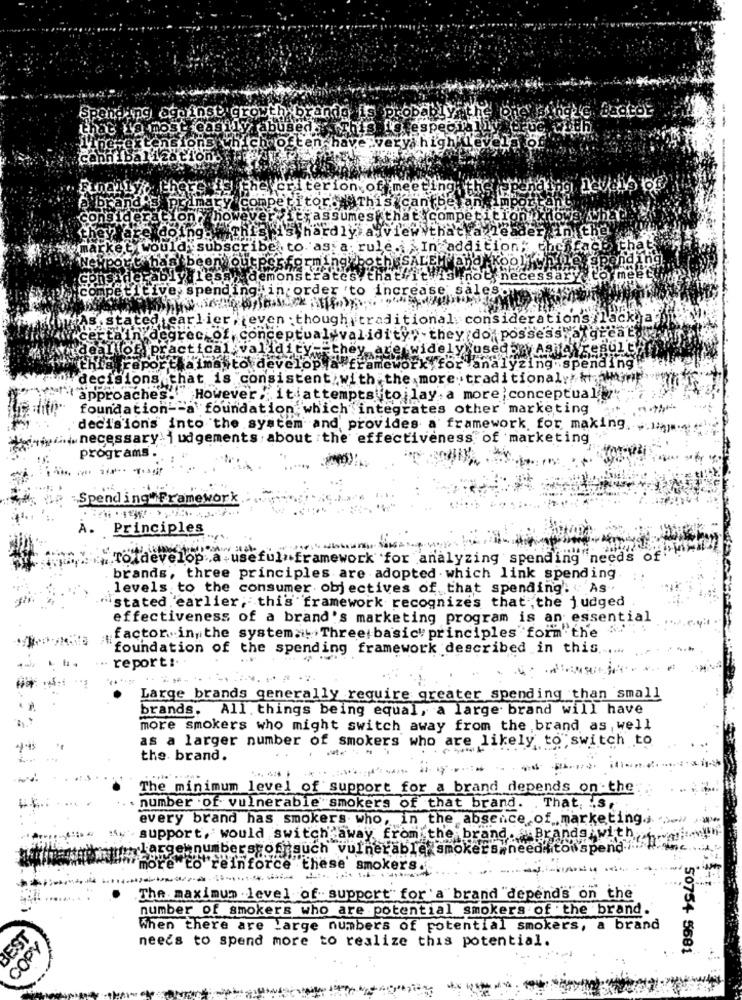
Spending against. growth brande is probar
-.
that ia most easily abused. This forespecially
which often have veryahighk
ica
anibalization.
13 the criterion of meet!
p brand S primary
competitors This can be angimpo
sideration? how
Erassumes that competition!
This is hardly a view that a leader in the.
ket would subscribe to as a rule. In addition;
"port has been outperforming both SALEM and Koolen
Shademonstrates that it is not necessary to me
titive spending in order to increase sales
3.st
ed earlier , even though traditional considerations /lack a.
Faxgreat"
degree of conceptual validity" they do possess aldi
allof practical validity. they are widely usedbry As a result
this reporthaima to develop a framework for analyzing spending
decisions that is consistent with the more traditional
approaches." "However, it attempts to lay. a more ;conceptual"
foundation -- a foundation which integrates other marketing
decisions into the system and provides a framework for making.
.necessary. i udgements, about the effectiveness of marketing
programs.
---
Spending Framework
Principles
[develop a useful framework for analyzing spending needs of"
brands, three principles are adopted . which link spending
levels to the consumer objectives of that spending. As
"istated 'earlier, this framework recognizes that ,the judged
effectiveness of a brand's marketing program is an essential
factor.in, the system> Three basic principles form the .
foundation of the spending framework described in this ...
report:
Large brands generally require greater spending than small
brands. All things being equal, a large brand will have
more smokers who might switch away from the brand as, well
as a larger number of smokers who are likely to switch to
the brand.
The minimum level of support for a brand depends on the
. number of vulnerable smokers of that brand.
That. .. S.
every brand has smokers who, in the absence of marketing. .
". support, would switch away from the brand. . Brands with
rgehnumberstoffsuch vulnerable smokers.need itonspend ...
more to reinforce these smokers.
The maximum . level of support" for a brand "depend's on the
number of smokers who are potential smokers of the brand.
BEST
When there are Large numbers of potential smokers, a brand
needs to spend more to realize this potential.
COPY
50754 5681